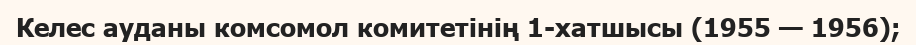
Келес ауданы комсомол комитетінің 1-хатшысы (1955 — 1956);